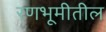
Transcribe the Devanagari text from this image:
रणभूमीतील